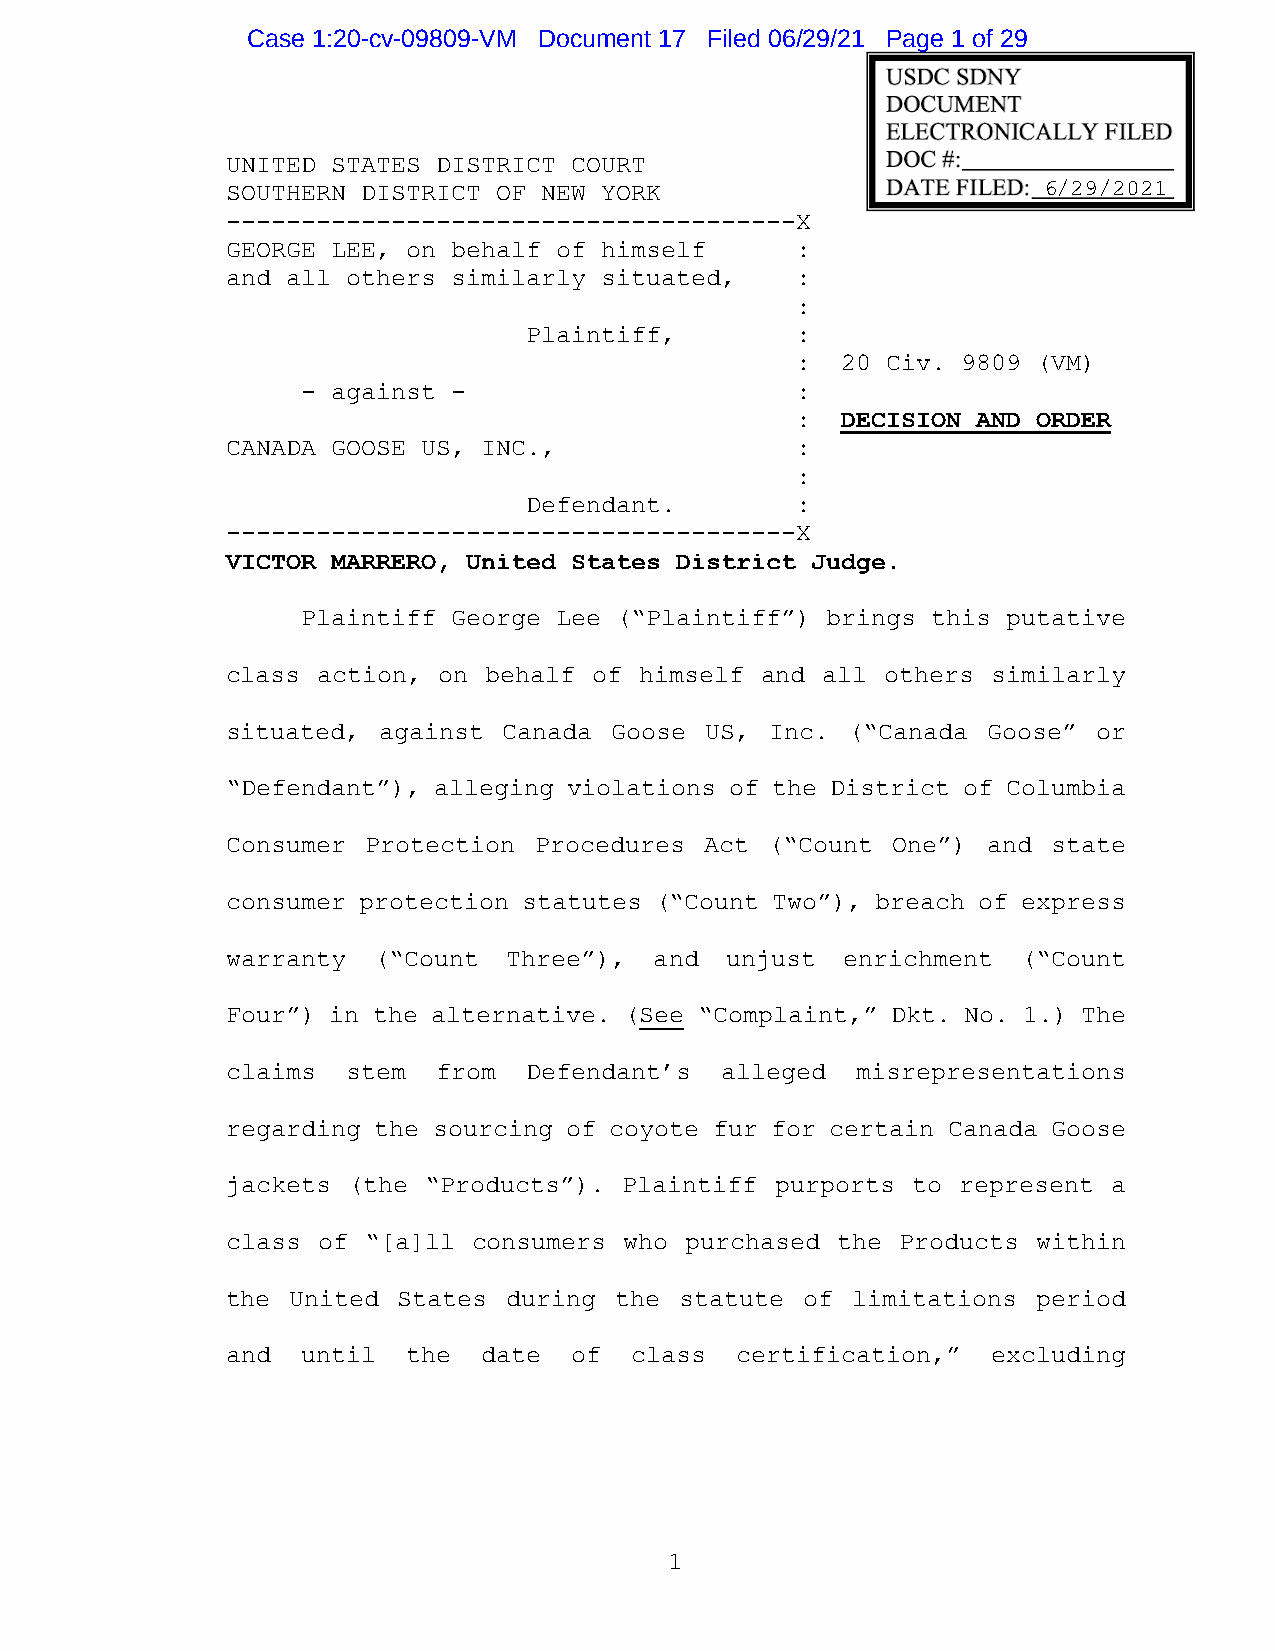
Case 1:20-cv-09809-VM Document 17 Filed 06/29/21 Page 1 of 29
 UNITED STATES DISTRICT COURT
 SOUTHERN DISTRICT OF NEW YORK                         6/29/2021
 --------------------------------------X
 GEORGE LEE, on behalf of himself      :
 and all others similarly situated,    :
 :
 Plaintiff,        :
 :  20 Civ. 9809 (VM)
 - against -                      :
 :  DECISION AND ORDER
 CANADA GOOSE US, INC.,                :
 :
 Defendant.        :
 --------------------------------------X
 VICTOR MARRERO, United States District Judge.
 Plaintiff George Lee (“Plaintiff”) brings this putative
 class action, on behalf of himself and all  others similarly
 situated, against Canada  Goose US, Inc. (“Canada Goose”  or
 “Defendant”), alleging violations of the District of Columbia
 Consumer Protection Procedures  Act (“Count One”) and  state
 consumer protection statutes (“Count Two”), breach of express
 warranty  (“Count  Three”), and  unjust  enrichment  (“Count
 Four”) in the alternative. (See “Complaint,” Dkt. No. 1.) The
 claims  stem  from  Defendant’s  alleged  misrepresentations
 regarding the sourcing of coyote fur for certain Canada Goose
 jackets (the “Products”). Plaintiff purports to represent  a
 class of “[a]ll consumers who purchased the  Products within
 the United States  during the statute of limitations  period
 and  until  the  date  of  class  certification,”  excluding
 1